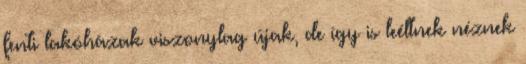
fenti lakóházak viszonylag újak, de így is leéltnek néznek